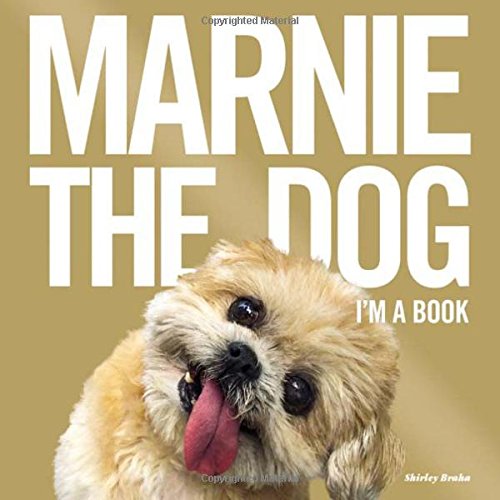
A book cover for Marnie the Dog: I'm a Book; Shirley Braha; Humor & Entertainment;